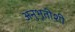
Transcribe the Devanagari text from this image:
अनुभूतीशी